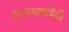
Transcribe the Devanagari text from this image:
राज्यभाषांपैकी